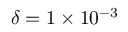
\delta = 1 \times 1 0 ^ { - 3 }